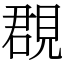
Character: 覠